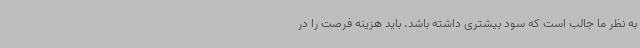
به نظر ما جالب است که سود بیشتری داشته باشد. باید هزینه فرصت را در